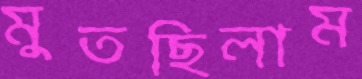
মুতছিলাম